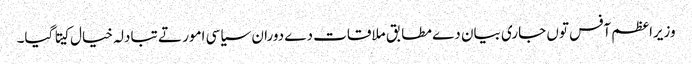
وزیراعظم آفس توں جاری بیان دے مطابق ملاقات دے دوران سیاسی امور تے تبادلہ خیال کیتا گیا۔